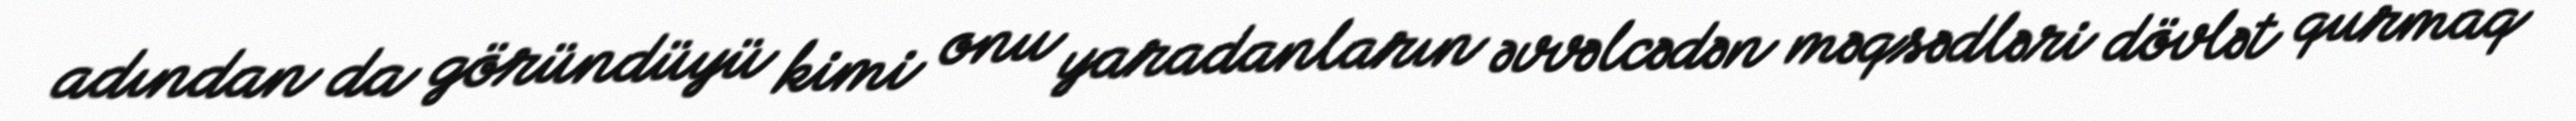
adından da göründüyü kimi onu yaradanların əvvəlcədən məqsədləri dövlət qurmaq